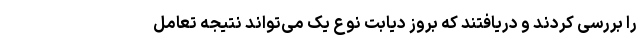
را بررسی کردند و دریافتند که بروز دیابت نوع یک می‌تواند نتیجه تعامل